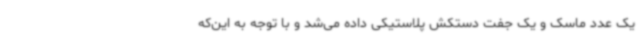
یک عدد ماسک و یک جفت دستکش پلاستیکی داده می‌شد و با توجه به این‌که